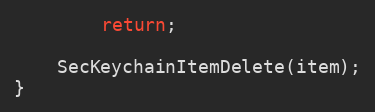
Language: C
		return;

	SecKeychainItemDelete(item);
}